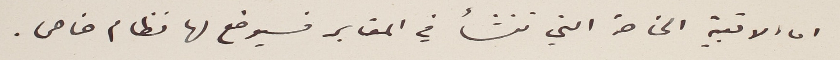
اما الاقبية الخاصة التي تنشأ في المقابر فسيوضع لها نظام خاص.